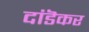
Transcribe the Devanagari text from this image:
दांडॆकर